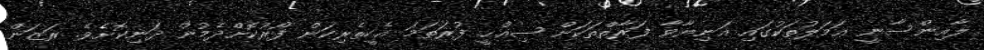
ލާއިންސާނީ ޢަމަލުތަކުގައި އަނިޔާވާ ފަރާތްތަކަށް ޞިއްޙީ ފުރަތަމަ އެހީތެރިކަން ފޯރުކޮށްދެމުން ދަނިކޮށެވެ. ރަޒަން